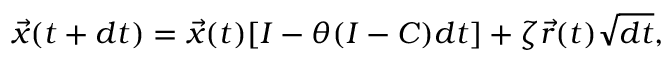
\begin{array} { r } { \vec { x } ( t + d t ) = \vec { x } ( t ) [ I - \theta ( I - C ) d t ] + \zeta \vec { r } ( t ) \sqrt { d t } , } \end{array}